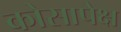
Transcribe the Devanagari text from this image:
कोसापेक्ष